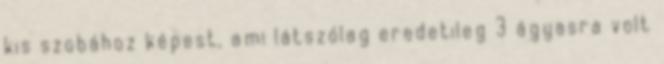
kis szobához képest, ami látszólag eredetileg 3 ágyasra volt